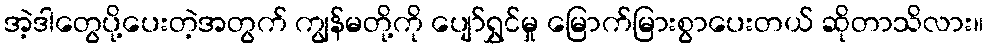
အဲ့ဒါတွေပို့ပေးတဲ့အတွက် ကျွန်မတို့ကို ပျော်ရွှင်မှု မြောက်မြားစွာပေးတယ် ဆိုတာသိလား။